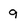
Character: 9